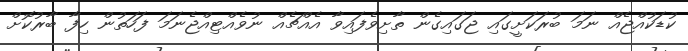
ކުޑަކުއްޖެއް ނަމަ ބުރަކަށީގައި ޖަގައިގެން ތާށިވެފައިވާ އެއްޗެއް ނުވެއްޓިއްޖެނަމަ ފަހަތުން ހިފާ ބާރުކޮށް